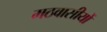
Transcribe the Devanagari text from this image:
मठवासीयों